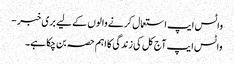
واٹس ایپ استعمال کرنے والوں کے لیے بری خبر -
واٹس ایپ آج کل کی زندگی کا اہم حصہ بن چکا ہے۔